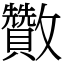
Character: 𣀹